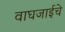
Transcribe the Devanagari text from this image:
वाघजाईचे